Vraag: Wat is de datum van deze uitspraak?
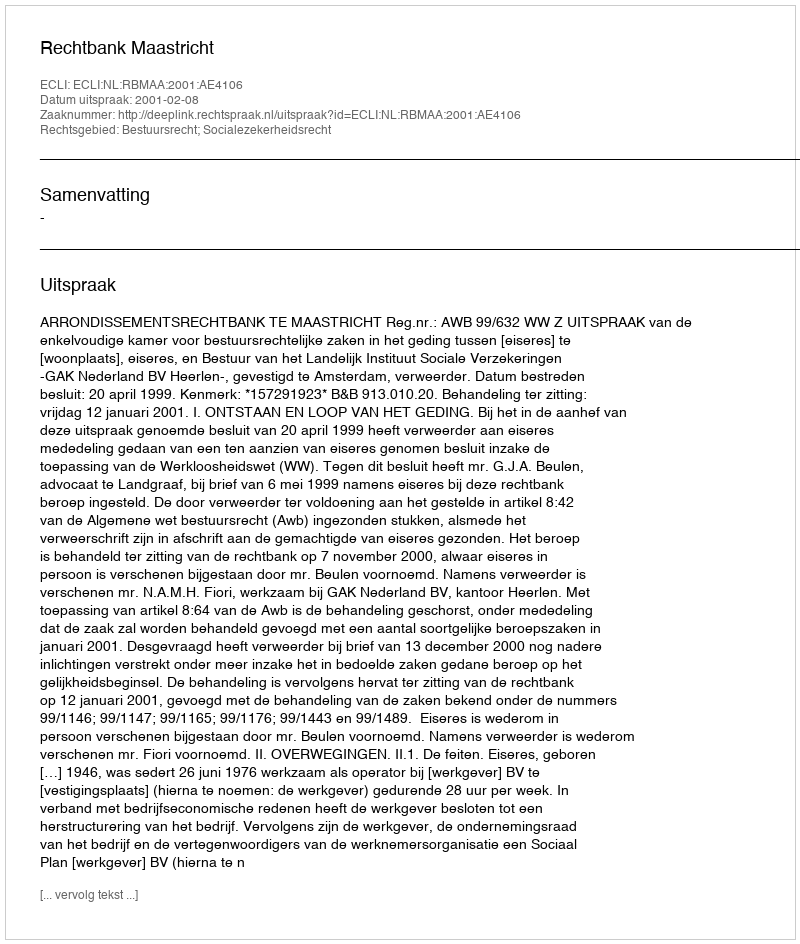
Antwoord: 2001-02-08